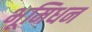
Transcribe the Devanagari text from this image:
भूमिधन